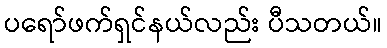
ပရော်ဖက်ရှင်နယ်လည်း ပီသတယ်။